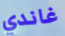
غاندي